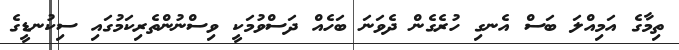
ތިމާގެ އަމިއްލަ ބަސް އެނގި ހުރެގެން ދެވަނަ ބަހެއް ދަސްވުމަކީ ވިސްނުންތެރިކަމުގައި ސިކުނޑީގެ